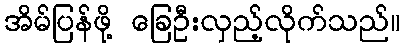
အိမ်ပြန်ဖို့ ခြေဦးလှည့်လိုက်သည်။